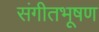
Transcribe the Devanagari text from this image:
संगीतभूषण